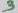
Text: 3